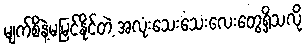
မျက်စိနဲ့မမြင်နိုင်တဲ့ အလုံးသေးသေးလေးတွေရှိသလို